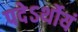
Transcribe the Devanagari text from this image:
पदेऽर्थोयं